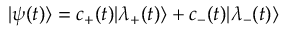
| \psi ( t ) \rangle = c _ { + } ( t ) | \lambda _ { + } ( t ) \rangle + c _ { - } ( t ) | \lambda _ { - } ( t ) \rangle